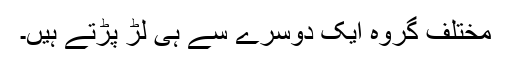
مختلف گروہ ایک دوسرے سے ہی لڑ پڑتے ہیں۔